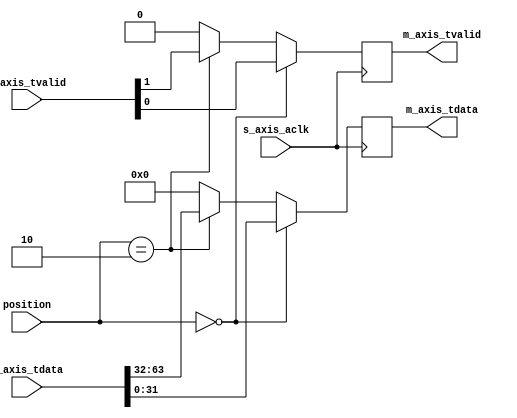
`timescale 1ns / 1ps
//////////////////////////////////////////////////////////////////////////////////
// Company: 
// Engineer: 
// 
// Design Name: 
// Module Name: axis_switch_mux
// Project Name: 
// Target Devices: 
// Tool Versions: 
// Description: 
// 
// Dependencies: 
// 
// Revision:
// Revision 0.01 - File Created
// Additional Comments:
// 
//////////////////////////////////////////////////////////////////////////////////


module axis_switch_mux #(
    parameter NUM=2,
    parameter DATA_WIDTH=32)(
    
    input wire s_axis_aclk,
    input wire [NUM-1:0] s_axis_tvalid,
    input wire [NUM * DATA_WIDTH - 1:0] s_axis_tdata,
    input wire [NUM-1:0] position,
    
    
    output reg m_axis_tvalid,
    output reg [DATA_WIDTH-1:0] m_axis_tdata
     

    );
    
    
    
    always@(posedge s_axis_aclk)begin
        if(position == 0)begin
        m_axis_tvalid <= s_axis_tvalid[0:0];
        m_axis_tdata <= s_axis_tdata[DATA_WIDTH-1:0];
    end
    else if(position == 2)
    begin
        m_axis_tvalid <= s_axis_tvalid[1:1];
        m_axis_tdata <= s_axis_tdata[DATA_WIDTH*2-1:DATA_WIDTH];
        
    end
    else
        begin

        m_axis_tdata <= 16'd0;
        m_axis_tvalid <= 1'b0;


        end
   end

endmodule